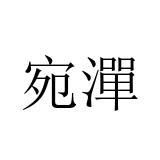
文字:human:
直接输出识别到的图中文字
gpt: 宛潬